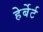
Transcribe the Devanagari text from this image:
हेर्बेर्ट